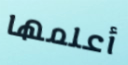
أعلمها